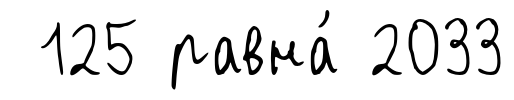
125 равна́ 2033